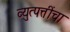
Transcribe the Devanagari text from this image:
व्युत्पत्तींचा